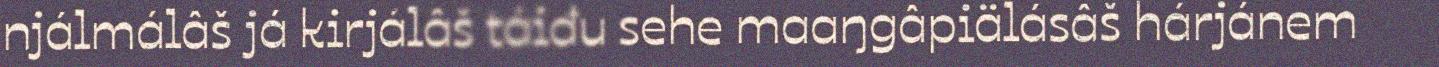
njálmálâš já kirjálâš táiđu sehe maaŋgâpiälásâš hárjánem